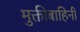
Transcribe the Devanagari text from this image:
मुक्तीबाहिनी